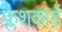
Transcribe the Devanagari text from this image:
फ्लैशकार्ड